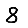
Digit: 8